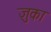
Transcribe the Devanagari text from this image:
ज़ुका